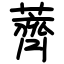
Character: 薺